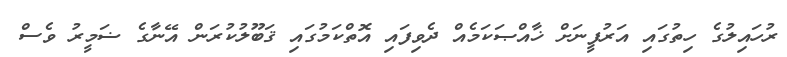
ރުހައިލުގެ ހިތުގައި އަރުފީނަށް ޚާއްޞަކަމެއް ދެވިފައި އޮތްކަމުގައި ޤަބޫލުކުރަން އޭނާގެ ޟަމީރު ވެސް